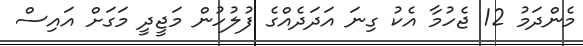
މެންދަމު 12 ޖެހުމާ އެކު ގިނަ އަދަދެއްގެ ފުލުހުން މަޖީދީ މަގަށް އައިސް